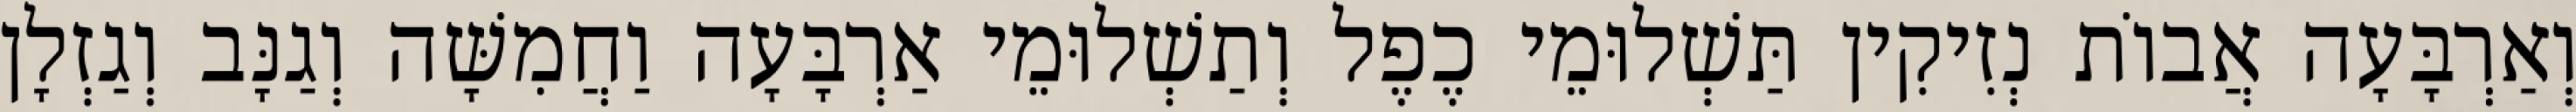
וְאַרְבָּעָה אֲבוֹת נְזִיקִין תַּשְׁלוּמֵי כֶפֶל וְתַשְׁלוּמֵי אַרְבָּעָה וַחֲמִשָּׁה וְגַנָּב וְגַזְלָן